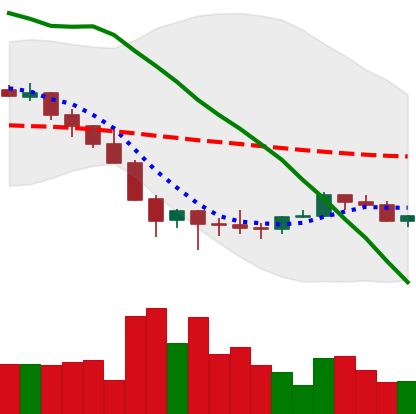
Ticker: LINK-USD
Chart end date: 2022-02-03
Forward return: 13.897%
Label: up_7plus